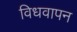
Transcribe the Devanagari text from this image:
विधवापन